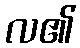
လ၏